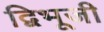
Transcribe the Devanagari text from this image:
द्विभूजी